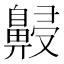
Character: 𪖧